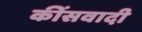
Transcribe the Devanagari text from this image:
कींसवादी